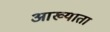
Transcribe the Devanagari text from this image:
आख्याता